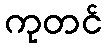
ကုတင်